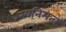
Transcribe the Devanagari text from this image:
स्वनिमत्व